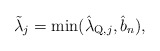
\begin{align*} \tilde{\lambda}_{j} = \min(\hat{\lambda}_{\textup{Q},j}, \hat{b}_n),\end{align*}